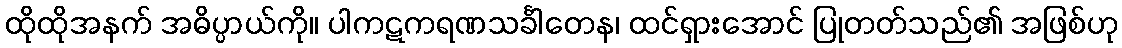
ထိုထိုအနက် အဓိပ္ပာယ်ကို။ ပါကဋကရဏသင်္ခါတေန၊ ထင်ရှားအောင် ပြုတတ်သည်၏ အဖြစ်ဟု